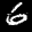
Label: 6